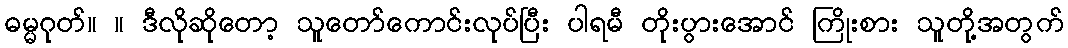
ဓမ္မဂုတ်။ ။ ဒီလိုဆိုတော့ သူတော်ကောင်းလုပ်ပြီး ပါရမီ တိုးပွားအောင် ကြိုးစား သူတို့အတွက်